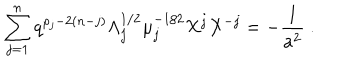
\sum _ { j = 1 } ^ { n } q ^ { \rho _ { j } - 2 ( n - j ) } \Lambda _ { j } ^ { 1 / 2 } \mu _ { j } ^ { - 1 / 2 } { \cal X } ^ { j } { \cal X } ^ { - j } = - \frac { 1 } { a ^ { 2 } } ~ .